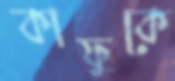
কাফুকে